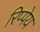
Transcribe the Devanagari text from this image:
रिप्पेय